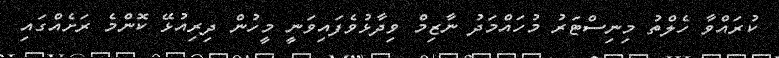
ކުރައްވާ ހެލްތު މިނިސްޓަރު މުހައްމަދު ނާޒިމް ވިދާޅުވެފައިވަނީ މީހުން ދިރިއުޅޭ ކޮންމެ ރަށެއްގައި